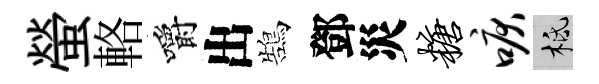
螢輅嚼出鵠鄧災糖唳柢